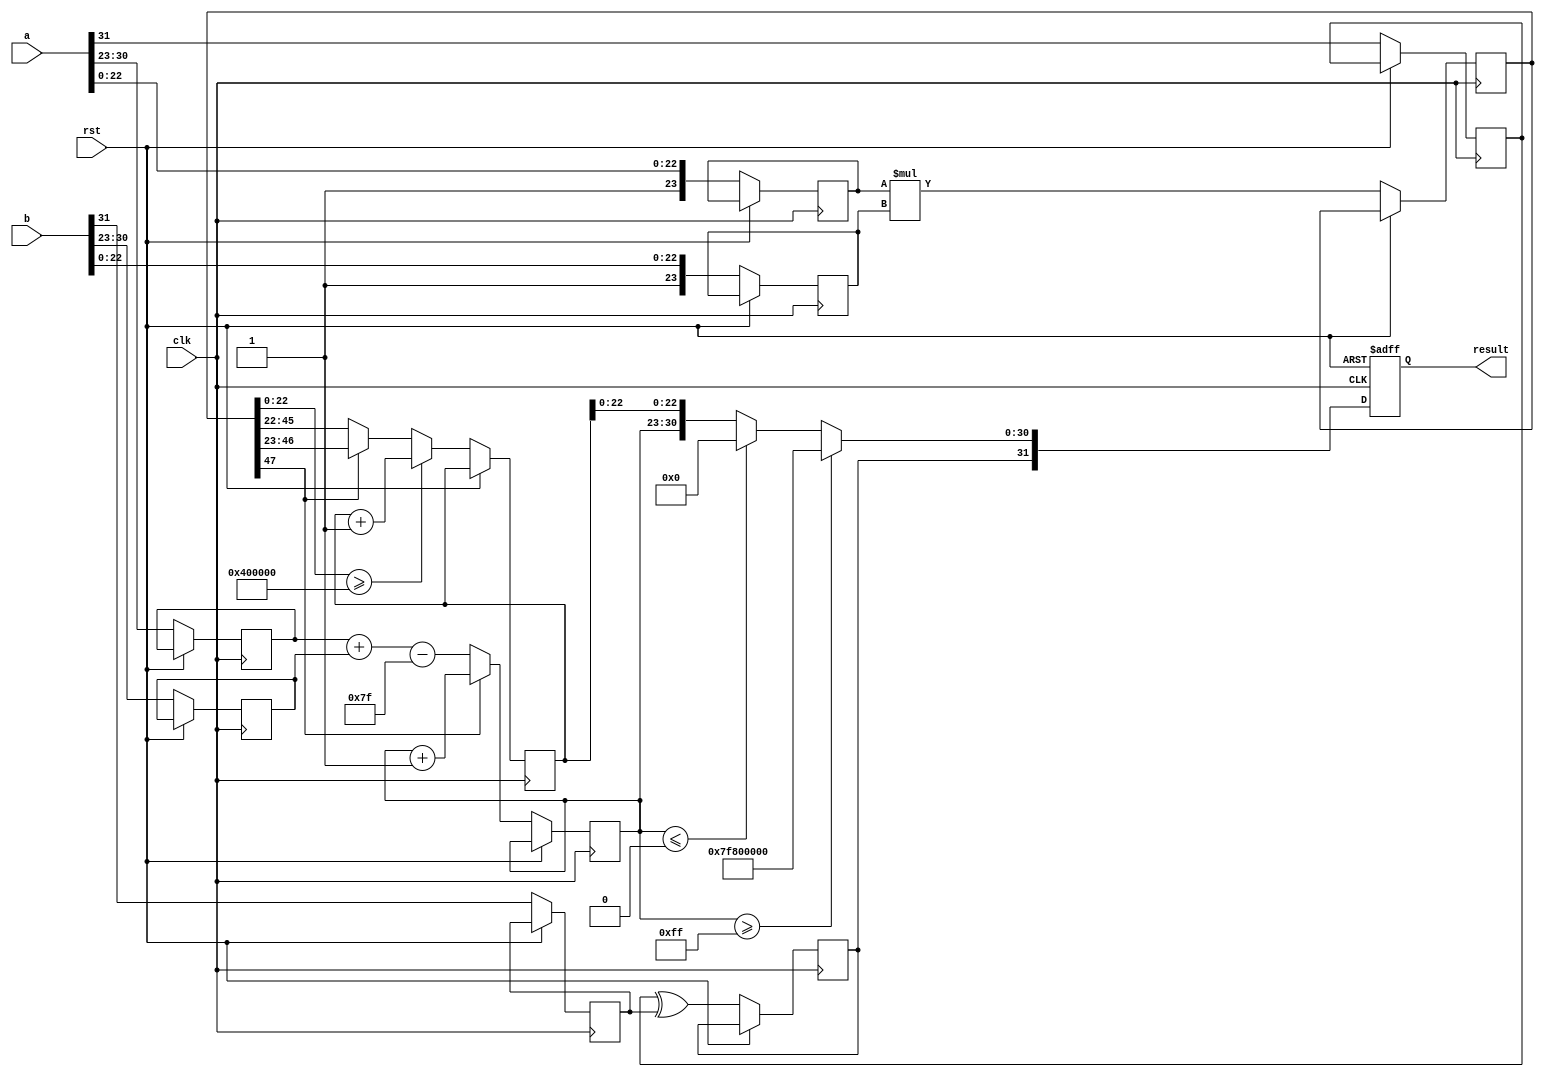
module radix2_fp_multiplier (
    input wire clk,
    input wire rst,
    input wire [31:0] a, // First floating-point input
    input wire [31:0] b, // Second floating-point input
    output reg [31:0] result // Resulting floating-point output
);

    // Constants
    localparam EXPONENT_BIAS = 127;
    localparam SIGNIFICAND_WIDTH = 23;
    localparam EXPONENT_WIDTH = 8;

    // Internal signals
    reg sign_a, sign_b, sign_result;
    reg [EXPONENT_WIDTH-1:0] exp_a, exp_b, exp_result;
    reg [SIGNIFICAND_WIDTH:0] sig_a, sig_b, sig_result; // Including implicit leading 1
    reg [47:0] sig_mult; // To hold the product of significands (23 + 23 = 46 bits)

    // State machine for processing
    always @(posedge clk or posedge rst) begin
        if (rst) begin
            result <= 32'b0;
        end else begin
            // Step 1: Extract sign, exponent, and significand
            sign_a <= a[31];
            sign_b <= b[31];
            exp_a <= a[30:23];
            exp_b <= b[30:23];
            sig_a <= {1'b1, a[22:0]}; // Implicit leading 1 for normalized numbers
            sig_b <= {1'b1, b[22:0]}; // Implicit leading 1 for normalized numbers

            // Step 2: Calculate sign of the result
            sign_result <= sign_a ^ sign_b;

            // Step 3: Calculate exponent
            exp_result <= exp_a + exp_b - EXPONENT_BIAS;

            // Step 4: Multiply significands
            sig_mult <= sig_a * sig_b;

            // Step 5: Normalize the result
            if (sig_mult[47]) begin
                // If the product is greater than or equal to 2, shift right
                sig_result <= sig_mult[46:23]; // Keep the top 24 bits
                exp_result <= exp_result + 1; // Increment exponent
            end else begin
                // If the product is less than 2, shift left
                sig_result <= sig_mult[45:22]; // Keep the top 24 bits
            end

            // Step 6: Rounding (simple rounding to nearest even)
            if (sig_mult[22:0] >= 23'b10000000000000000000000) begin
                sig_result <= sig_result + 1; // Round up
            end

            // Step 7: Handle overflow and underflow
            if (exp_result >= 255) begin
                // Overflow to infinity
                result <= {sign_result, 8'b11111111, 23'b0}; // Infinity
            end else if (exp_result <= 0) begin
                // Underflow to zero
                result <= {sign_result, 8'b0, 23'b0}; // Zero
            end else begin
                // Normal case
                result <= {sign_result, exp_result[EXPONENT_WIDTH-1:0], sig_result[SIGNIFICAND_WIDTH-1:0]};
            end
        end
    end
endmodule